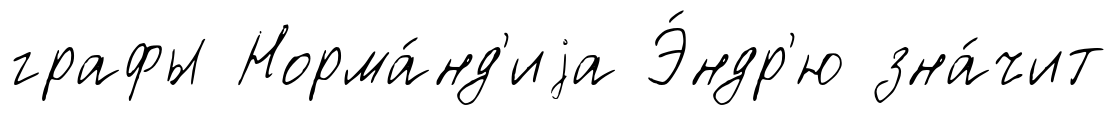
графы Норма́нд'иjа Э́ндр'ю зна́чит